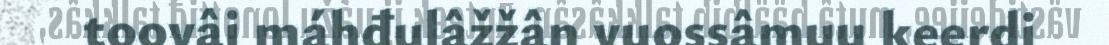
toovâi máhđulâžžân vuossâmuu keerdi